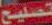
تصليح